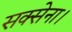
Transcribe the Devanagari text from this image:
सक्सेना।